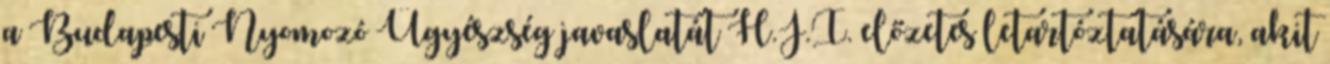
a Budapesti Nyomozó Ügyészség javaslatát H.J.I. előzetes letartóztatására, akit